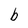
Character: b